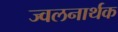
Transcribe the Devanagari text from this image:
ज्वलनार्थक